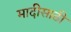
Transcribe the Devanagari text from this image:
मादीसाठी